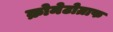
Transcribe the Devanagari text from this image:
क्रोमेटोग्राफ